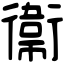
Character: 衞